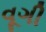
વૂગી